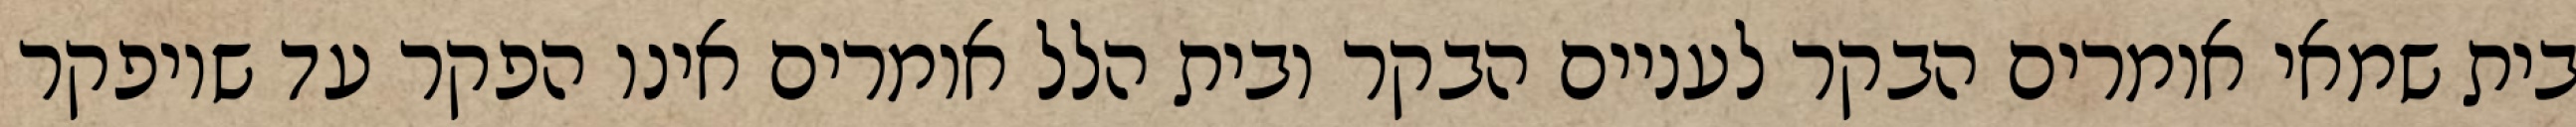
בית שמאי אומרים הבקר לעניים הבקר ובית הלל אומרים אינו הפקר עד שיופקר